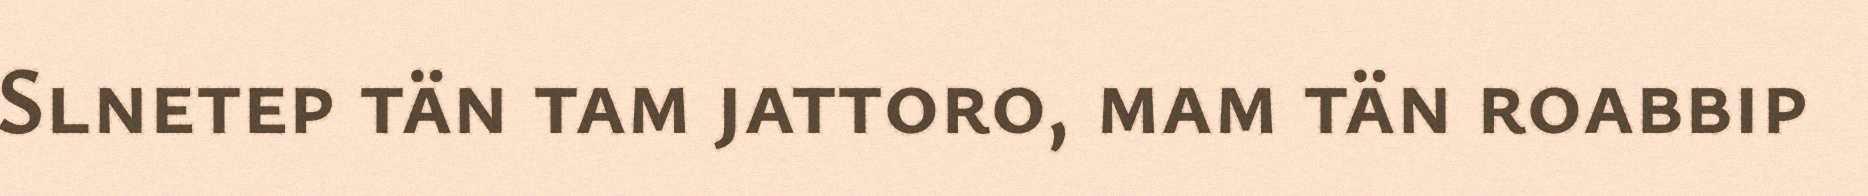
Slnetep tän tam jattoro, mam tän roabbip